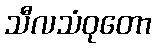
သီလသံဝုတော